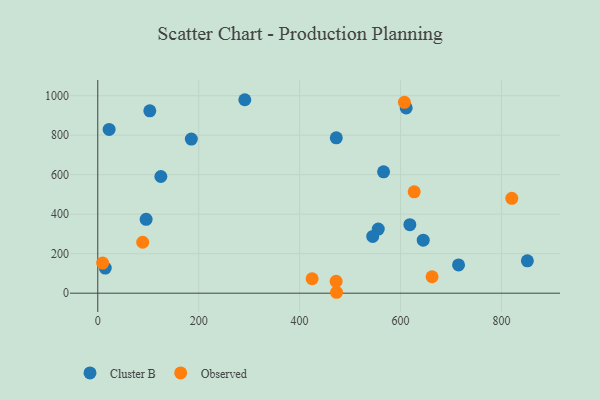
{"axis": {"x": "Ad Spend", "y": "Salary"}, "legend": ["Cluster B", "Observed"], "data": [{"x": "291.4", "y": 979.5, "type": "Cluster B"}, {"x": "14.8", "y": 126.9, "type": "Cluster B"}, {"x": "618.5", "y": 347.1, "type": "Cluster B"}, {"x": "715.0", "y": 143.2, "type": "Cluster B"}, {"x": "95.8", "y": 373.9, "type": "Cluster B"}, {"x": "611.2", "y": 937.8, "type": "Cluster B"}, {"x": "103.1", "y": 923.5, "type": "Cluster B"}, {"x": "22.5", "y": 828.9, "type": "Cluster B"}, {"x": "472.7", "y": 786.7, "type": "Cluster B"}, {"x": "566.4", "y": 614.7, "type": "Cluster B"}, {"x": "185.4", "y": 780.5, "type": "Cluster B"}, {"x": "555.9", "y": 324.8, "type": "Cluster B"}, {"x": "125.0", "y": 590.9, "type": "Cluster B"}, {"x": "645.0", "y": 268.3, "type": "Cluster B"}, {"x": "851.4", "y": 164.0, "type": "Cluster B"}, {"x": "544.9", "y": 287.2, "type": "Cluster B"}, {"x": "9.6", "y": 152.4, "type": "Observed"}, {"x": "627.1", "y": 513.1, "type": "Observed"}, {"x": "472.4", "y": 59.8, "type": "Observed"}, {"x": "662.5", "y": 83.2, "type": "Observed"}, {"x": "820.5", "y": 480.5, "type": "Observed"}, {"x": "473.2", "y": 4.6, "type": "Observed"}, {"x": "424.8", "y": 73.2, "type": "Observed"}, {"x": "89.0", "y": 257.8, "type": "Observed"}, {"x": "607.7", "y": 966.3, "type": "Observed"}]}